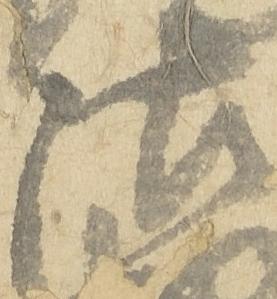
沽